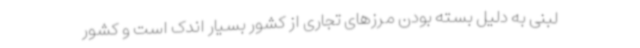
لبنی به دلیل بسته بودن مرزهای تجاری از کشور بسیار اندک است و کشور